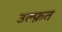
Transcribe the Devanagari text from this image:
उल्फ़त